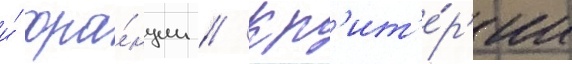
и́ фра́нции // Кр'ит'е́р'ии